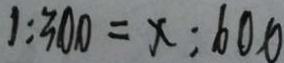
1 : 3 0 0 = x : 6 0 0